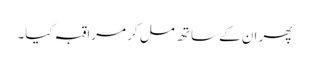
پھر ان کے ساتھ مل کر مراقبہ کیا۔